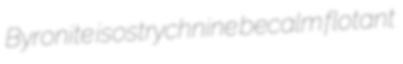
Byronite isostrychnine becalm flotant